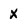
Character: X